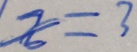
x = 3